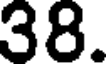
38.